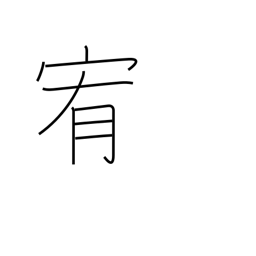
Meaning: pacify